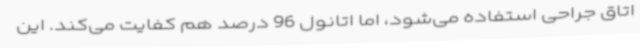
اتاق جراحی استفاده می‌شود، اما اتانول 96 درصد هم کفایت می‌کند. این